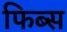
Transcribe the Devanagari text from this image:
फिब्स